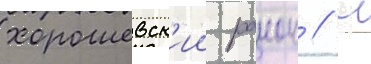
хорошевск'ии раион // С